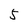
Character: 5